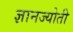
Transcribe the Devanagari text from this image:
ज्ञानज्योती